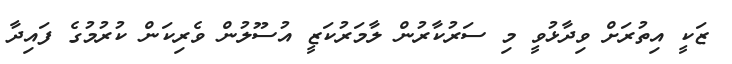
ޒަކީ އިތުރަށް ވިދާޅުވީ މި ސަރުކާރުން ލާމަރުކަޒީ އުސޫލުން ވެރިކަން ކުރުމުގެ ފައިދާ